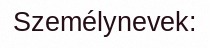
Személynevek: